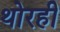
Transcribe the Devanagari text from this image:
थोरही